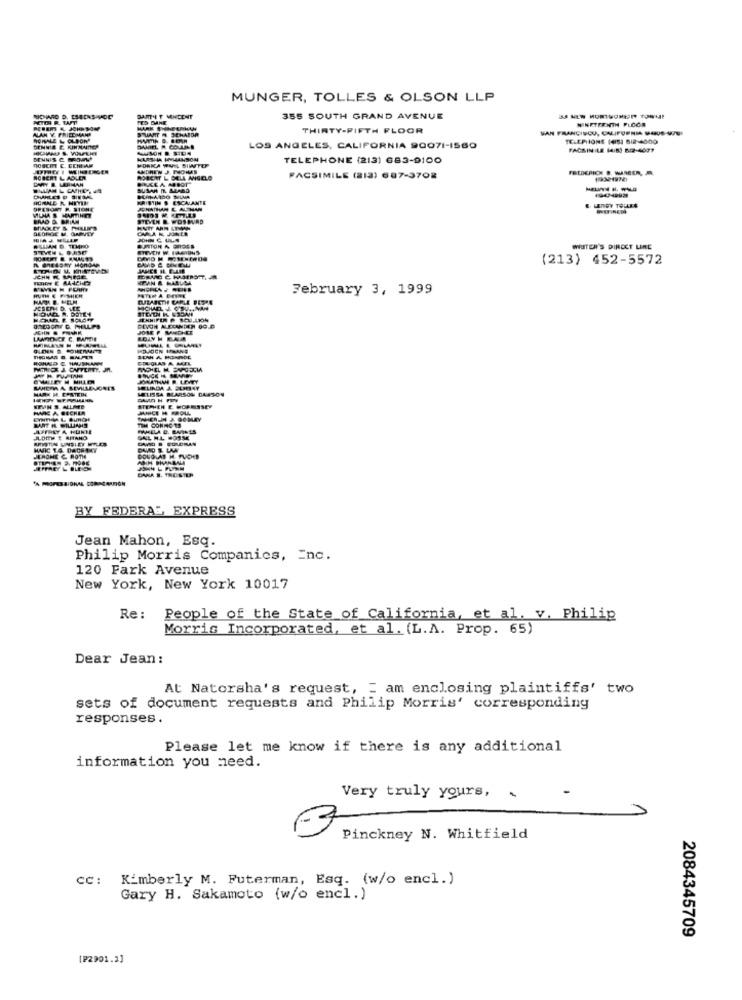
MUNGER, TOLLES & OLSON LLP
ICHMARC
MARTHAT VINCENT
355 SOUTH GRAND AVENUE
NINETEENTH FLOOR
ALAN Y. FRIEDIMARE
HARK S
SEHAIDA
THIRTY-FIFTH FLOOR
MAN FRANCISCO, CALIFORNIA SOUS-WU
TELEPIONE (45) BIR-4000
LOS ANGELES, CALIFORNIA 90071-1560
BENNIS C. MROW
MONICA WAL S
KARTA HMMMANSON
TELEPHONE (213) 683-0100
FELDERICH S. WASSER, M.
ROBERT L. ADLER
DARY & LARHAN
FACSIMILE (213) 687-3708
SUSAN NA
HORNE R. HITIN
CALANTE
NATHAN
LATOY TOLLES
PURD
POLLY
OMLA
JOHN C ULS
WUTER'S DIRECT LINE
(213) 452-5572
February 3, 1999
HAR D MELM
ONNEOGNY C. MHALF
JOSE PM
BAMTE
HOJEN ILANE
HONAD C. HAUSHAN
SEM A HORADE
MELISSA BEARSON DAWSON
BELINDA & ELMIAY
HEVN S. ALLME
KA BECHLA
STEPHEN E HOPESSEY
TIM CONNC ES
JUDITH E RITAND
MMIC 1.4. DACHSKY
JEROME C. ROTH
BHARBALL
BY FEDERAL EXPRESS
Jean Mahon, Esq.
Philip Morris Companies, Inc.
120 Fark Avenue
New York, New York 10017
Re :
People of the State of California, et al. v. Philip
Morris Incorporated, et al. (L.A. Prop. 65)
Dear Jean:
At Natorsha's request, = am enclosing plaintiffs' two
sets of document requests and Philip Morris' corresponding
responses.
Please let me know if there is any additional
information you need.
Very truly yours, .
Pinckney N. Whitfield
cc: Kimberly M. Futerman, Esq. (w/o encl.)
Gary H. Sakamoto (w/o encl.)
2084345709
[P2901.2]